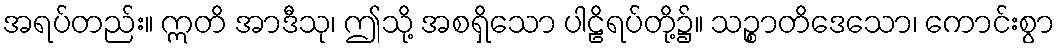
အရပ်တည်း။ ဣတိ အာဒီသု၊ ဤသို့ အစရှိသော ပါဠိရပ်တို့၌။ သဉ္စာတိဒေသော၊ ကောင်းစွာ